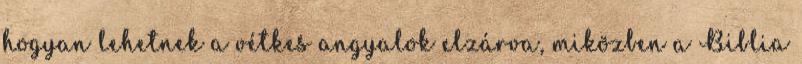
hogyan lehetnek a vétkes angyalok elzárva, miközben a Biblia